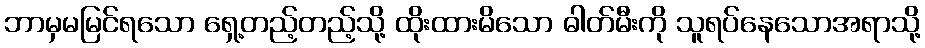
ဘာမှမမြင်ရသော ရှေ့တည့်တည့်သို့ ထိုးထားမိသော ဓါတ်မီးကို သူရပ်နေသောအရာသို့